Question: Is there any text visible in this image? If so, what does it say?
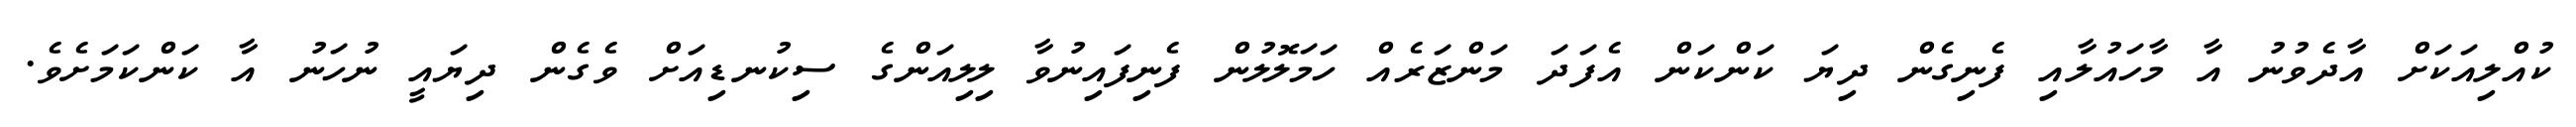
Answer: ކުއްލިއަކަށް އާދެވުނު އާ މާހައުލާއި ފެނިގެން ދިޔަ ކަންކަން އެފަދަ މަންޒަރެއް ހަމަލޮލުން ފެނިފައިނުވާ ލިލިއަންގެ ސިކުނޑިއަށް ވެގެން ދިޔައީ ނުހަނު އާ ކަންކަމަށެވެ.